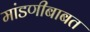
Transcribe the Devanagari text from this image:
मांडणीबाबत